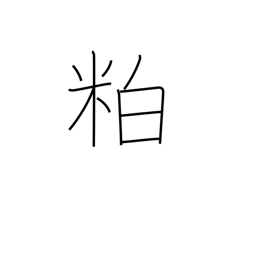
Meaning: scrap